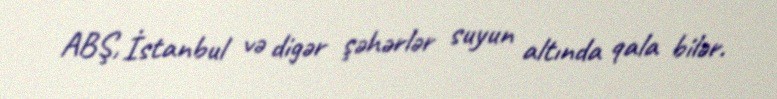
ABŞ, İstanbul və digər şəhərlər suyun altında qala bilər.